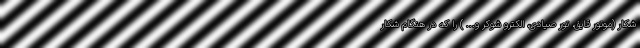
شکار (موتور قایق، تور صیادی، الکترو شوکر و... ) را که در هنگام شکار